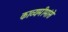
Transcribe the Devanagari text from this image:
काव्यमीमांसे